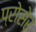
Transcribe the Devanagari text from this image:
प्रोसेर